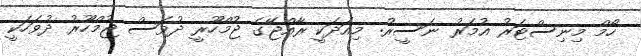
ހޯމް މިނިސްޓަރު އުމަރު ނަސީރު: މިއަދަކީ ރާއްޖޭގެ ޖުމްހޫރީ ދުވަސް ޖުމްހޫރު ދުވަހަކީ